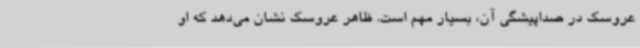
عروسک در صداپیشگی آن، بسیار مهم است. ظاهر عروسک نشان می‌دهد که او